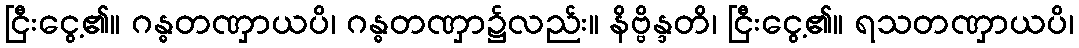
ငြီးငွေ့၏။ ဂန္ဓတဏှာယပိ၊ ဂန္ဓတဏှာ၌လည်း။ နိဗ္ဗိန္ဒတိ၊ ငြီးငွေ့၏။ ရသတဏှာယပိ၊